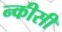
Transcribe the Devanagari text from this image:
न्कीसी